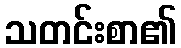
သတင်းစာ၏